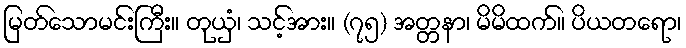
မြတ်သောမင်းကြီး။ တုယှံ၊ သင့်အား။ (၇၅) အတ္တနာ၊ မိမိထက်။ ပိယတရော၊